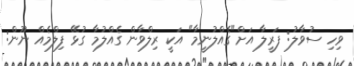
ވިހި ސުވާލު: ފަރީލާ އަށް"ގެއްލުނީމާ" އަކީ ރިލްވާން ގެއްލުމާ ގުޅޭ ފިލްމެއް ނޫން: